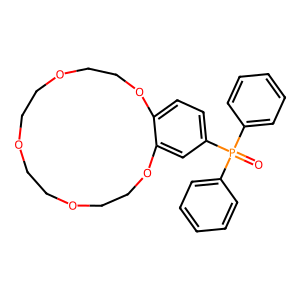
SMILES: O=P(c1ccccc1)(c1ccccc1)c1ccc2c(c1)OCCOCCOCCOCCO2
Inhibits HIV replication: No